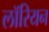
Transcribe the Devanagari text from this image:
लॉरियन